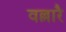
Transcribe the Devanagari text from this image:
वल्लारै